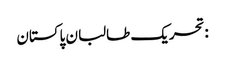
:تحریک طالبان پاکستان